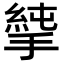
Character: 𢲝